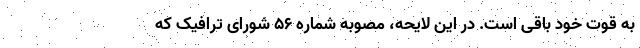
به قوت خود باقی است. در این لایحه، مصوبه شماره ۵۶ شورای ترافیک که